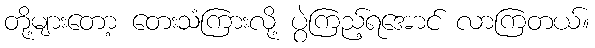
တို့များတော့ တေးသံကြားလို့ ပွဲကြည့်ရအောင် လာကြတယ်။